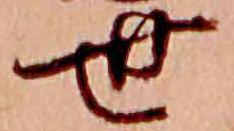
世